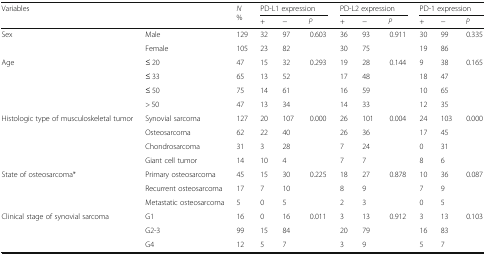
<table><thead><tr><td rowspan="2"><b>Variables</b></td><td rowspan="2"></td><td rowspan="2"><b><i>N</i> %</b></td><td colspan="3"><b>PD-L1 expression</b></td><td colspan="3"><b>PD-L2 expression</b></td><td colspan="3"><b>PD-1 expression</b></td></tr><tr><td><b>+</b></td><td><b>−</b></td><td><b><i>P</i></b></td><td><b>+</b></td><td><b>−</b></td><td><b><i>P</i></b></td><td><b>+</b></td><td><b>−</b></td><td><b><i>P</i></b></td></tr></thead><tbody><tr><td rowspan="2">Sex</td><td>Male</td><td>129</td><td>32</td><td>97</td><td>0.603</td><td>36</td><td>93</td><td>0.911</td><td>30</td><td>99</td><td>0.335</td></tr><tr><td>Female</td><td>105</td><td>23</td><td>82</td><td></td><td>30</td><td>75</td><td></td><td>19</td><td>86</td><td></td></tr><tr><td rowspan="4">Age</td><td>≤ 20</td><td>47</td><td>15</td><td>32</td><td>0.293</td><td>19</td><td>28</td><td>0.144</td><td>9</td><td>38</td><td>0.165</td></tr><tr><td>≤ 33</td><td>65</td><td>13</td><td>52</td><td></td><td>17</td><td>48</td><td></td><td>18</td><td>47</td><td></td></tr><tr><td>≤ 50</td><td>75</td><td>14</td><td>61</td><td></td><td>16</td><td>59</td><td></td><td>10</td><td>65</td><td></td></tr><tr><td>&gt; 50</td><td>47</td><td>13</td><td>34</td><td></td><td>14</td><td>33</td><td></td><td>12</td><td>35</td><td></td></tr><tr><td rowspan="4">Histologic type of musculoskeletal tumor</td><td>Synovial sarcoma</td><td>127</td><td>20</td><td>107</td><td>0.000</td><td>26</td><td>101</td><td>0.004</td><td>24</td><td>103</td><td>0.000</td></tr><tr><td>Osteosarcoma</td><td>62</td><td>22</td><td>40</td><td></td><td>26</td><td>36</td><td></td><td>17</td><td>45</td><td></td></tr><tr><td>Chondrosarcoma</td><td>31</td><td>3</td><td>28</td><td></td><td>7</td><td>24</td><td></td><td>0</td><td>31</td><td></td></tr><tr><td>Giant cell tumor</td><td>14</td><td>10</td><td>4</td><td></td><td>7</td><td>7</td><td></td><td>8</td><td>6</td><td></td></tr><tr><td rowspan="3">State of osteosarcoma*</td><td>Primary osteosarcoma</td><td>45</td><td>15</td><td>30</td><td>0.225</td><td>18</td><td>27</td><td>0.878</td><td>10</td><td>36</td><td>0.087</td></tr><tr><td>Recurrent osteosarcoma</td><td>17</td><td>7</td><td>10</td><td></td><td>8</td><td>9</td><td></td><td>7</td><td>9</td><td></td></tr><tr><td>Metastatic osteosarcoma</td><td>5</td><td>0</td><td>5</td><td></td><td>2</td><td>3</td><td></td><td>0</td><td>5</td><td></td></tr><tr><td rowspan="3">Clinical stage of synovial sarcoma</td><td>G1</td><td>16</td><td>0</td><td>16</td><td>0.011</td><td>3</td><td>13</td><td>0.912</td><td>3</td><td>13</td><td>0.103</td></tr><tr><td>G2-3</td><td>99</td><td>15</td><td>84</td><td></td><td>20</td><td>79</td><td></td><td>16</td><td>83</td><td></td></tr><tr><td>G4</td><td>12</td><td>5</td><td>7</td><td></td><td>3</td><td>9</td><td></td><td>5</td><td>7</td><td></td></tr></tbody></table>